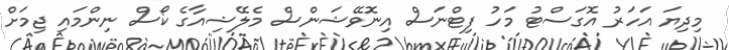
މިދިޔަ އަހަރު އޮގަސްޓު މަހު ފިޓްނަސް އިނޮވޭޝަންސް މެލޭޝިއާގެ ކޯސް ނިންމައި ޖިމަށް